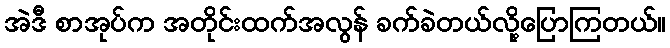
အဲဒီ စာအုပ်က အတိုင်းထက်အလွန် ခက်ခဲတယ်လို့ပြောကြတယ်။